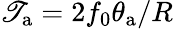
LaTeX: \mathscr{T}_{\mathrm{{a}}}=2f_{0}\theta_{\mathrm{{a}}}/R